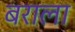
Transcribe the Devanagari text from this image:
बराला